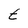
Character: t